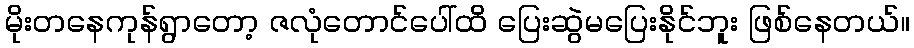
မိုးတနေကုန်ရွာတော့ ဇလုံတောင်ပေါ်ထိ ပြေးဆွဲမပြေးနိုင်ဘူး ဖြစ်နေတယ်။